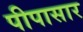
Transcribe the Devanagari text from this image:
पीपासार